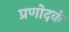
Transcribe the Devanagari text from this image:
प्रणोदकं